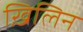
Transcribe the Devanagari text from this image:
ख़िलिन